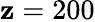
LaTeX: \mathbf{z}=200